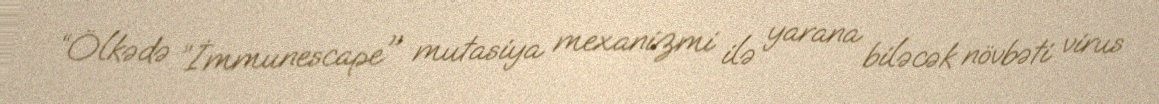
“Ölkədə ”İmmunescape" mutasiya mexanizmi ilə yarana biləcək növbəti virus